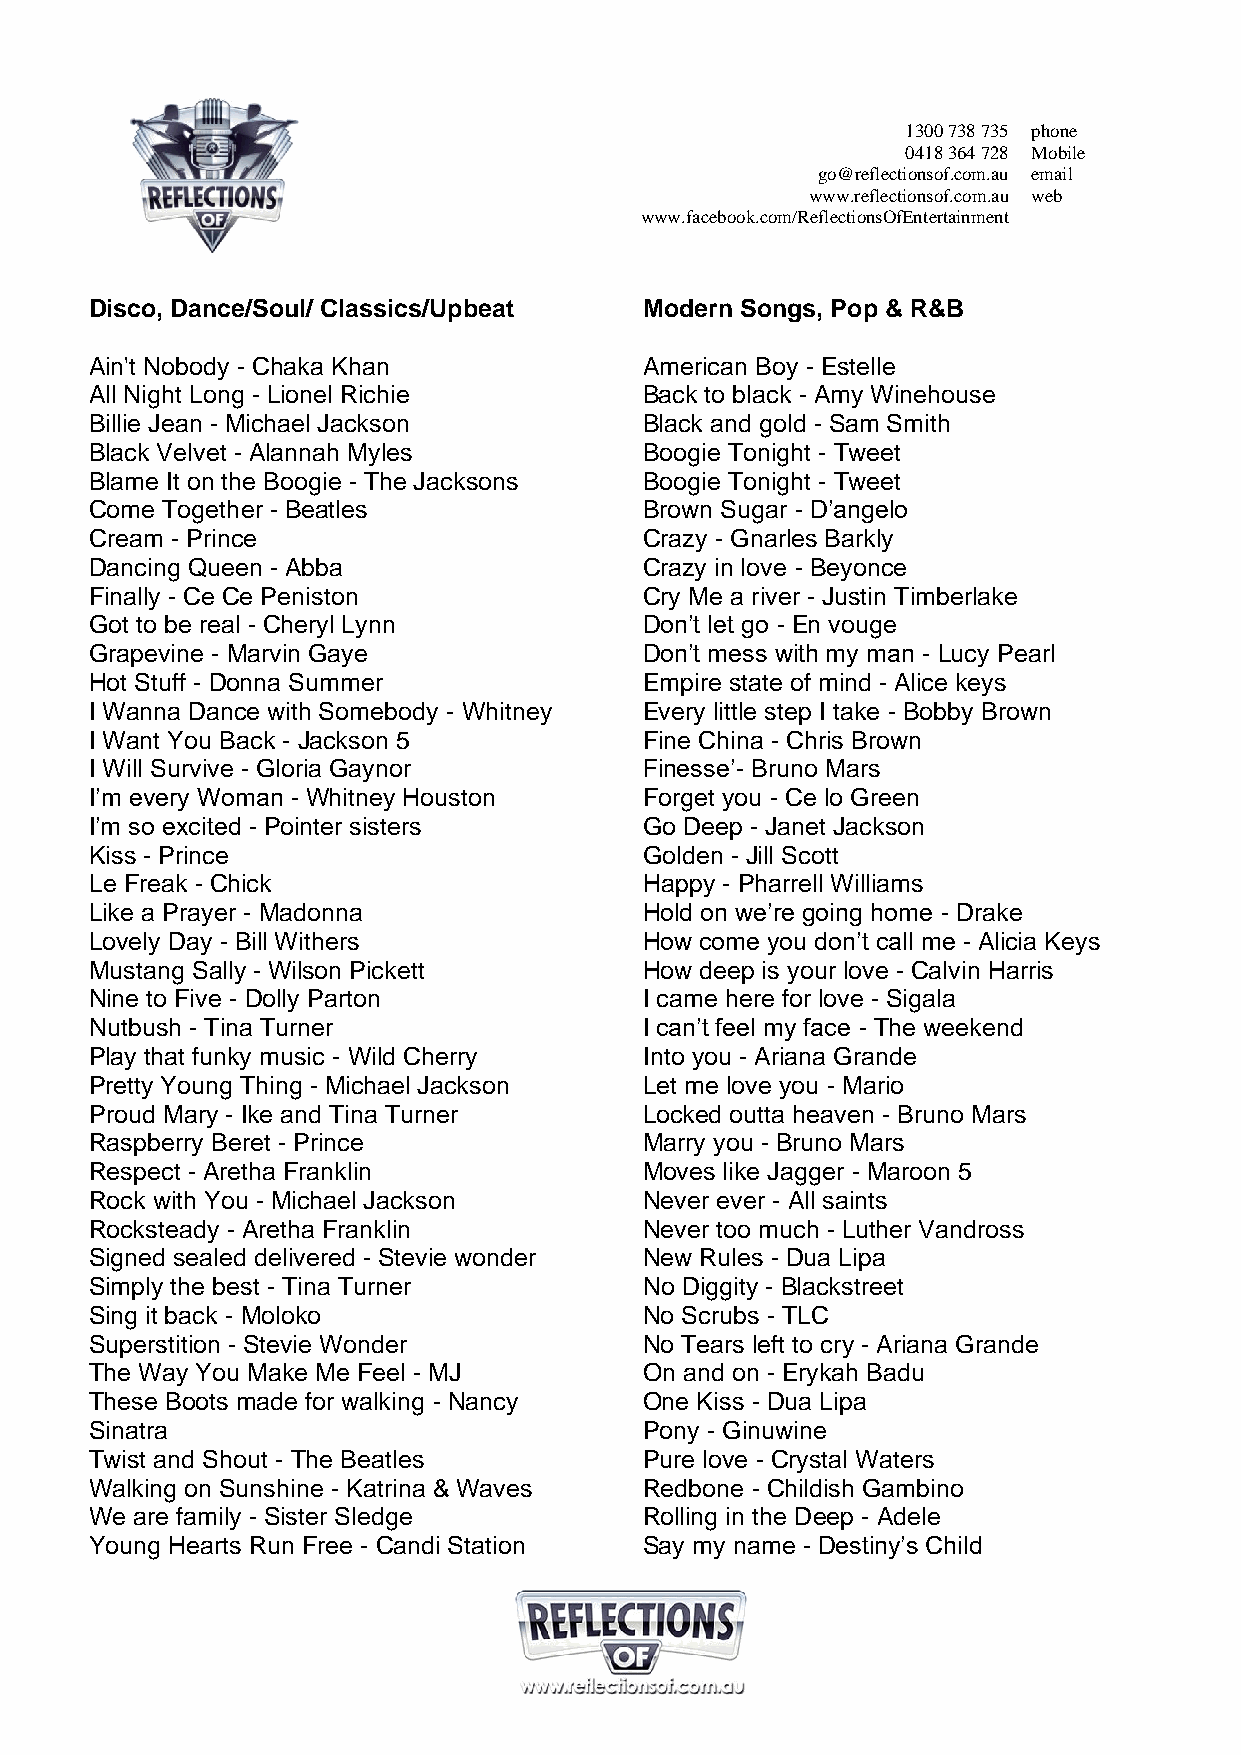
1300 738 735 phone
 0418 364 728 Mobile
 go@reflectionsof.com.au email
 www.reflectionsof.com.au web
 www.facebook.com/ReflectionsOfEntertainment
 Disco, Dance/Soul/ Classics/Upbeat   Modern Songs, Pop & R&B
 Ain't Nobody - Chaka Khan            American Boy - Estelle
 All Night Long - Lionel Richie       Back to black - Amy Winehouse
 Billie Jean - Michael Jackson        Black and gold - Sam Smith
 Black Velvet - Alannah Myles         Boogie Tonight - Tweet
 Blame It on the Boogie - The Jacksons Boogie Tonight - Tweet
 Come Together - Beatles              Brown Sugar - D’angelo
 Cream - Prince                       Crazy - Gnarles Barkly
 Dancing Queen - Abba                 Crazy in love - Beyonce
 Finally - Ce Ce Peniston             Cry Me a river - Justin Timberlake
 Got to be real - Cheryl Lynn         Don’t let go - En vouge
 Grapevine - Marvin Gaye              Don’t mess with my man - Lucy Pearl
 Hot Stuff - Donna Summer             Empire state of mind - Alice keys
 I Wanna Dance with Somebody - Whitney Every little step I take - Bobby Brown
 I Want You Back - Jackson 5          Fine China - Chris Brown
 I Will Survive - Gloria Gaynor       Finesse’- Bruno Mars
 I’m every Woman - Whitney Houston    Forget you - Ce lo Green
 I’m so excited - Pointer sisters     Go Deep - Janet Jackson
 Kiss - Prince                        Golden - Jill Scott
 Le Freak - Chick                     Happy - Pharrell Williams
 Like a Prayer - Madonna              Hold on we’re going home - Drake
 Lovely Day - Bill Withers            How come you don’t call me - Alicia Keys
 Mustang Sally - Wilson Pickett       How deep is your love - Calvin Harris
 Nine to Five - Dolly Parton          I came here for love - Sigala
 Nutbush - Tina Turner                I can’t feel my face - The weekend
 Play that funky music - Wild Cherry  Into you - Ariana Grande
 Pretty Young Thing - Michael Jackson Let me love you - Mario
 Proud Mary - Ike and Tina Turner     Locked outta heaven - Bruno Mars
 Raspberry Beret - Prince             Marry you - Bruno Mars
 Respect - Aretha Franklin            Moves like Jagger - Maroon 5
 Rock with You - Michael Jackson      Never ever - All saints
 Rocksteady - Aretha Franklin         Never too much - Luther Vandross
 Signed sealed delivered - Stevie wonder New Rules - Dua Lipa
 Simply the best - Tina Turner        No Diggity - Blackstreet
 Sing it back - Moloko                No Scrubs - TLC
 Superstition - Stevie Wonder         No Tears left to cry - Ariana Grande
 The Way You Make Me Feel - MJ        On and on - Erykah Badu
 These Boots made for walking - Nancy One Kiss - Dua Lipa
 Sinatra                              Pony - Ginuwine
 Twist and Shout - The Beatles        Pure love - Crystal Waters
 Walking on Sunshine - Katrina & Waves Redbone - Childish Gambino
 We are family - Sister Sledge        Rolling in the Deep - Adele
 Young Hearts Run Free - Candi Station Say my name - Destiny’s Child